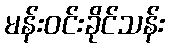
မန်းဝင်းခိုင်သန်း